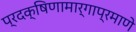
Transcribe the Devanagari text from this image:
प्रदक्षिणामार्गाप्रमाणे